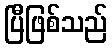
ပြီဖြစ်သည်